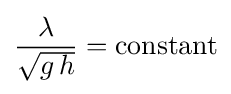
{\frac {\lambda }{\sqrt {g\,h}}}={\text{constant}}